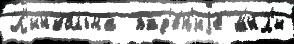
Л'инкольна  пад'е́н'иjе м'и́л'и